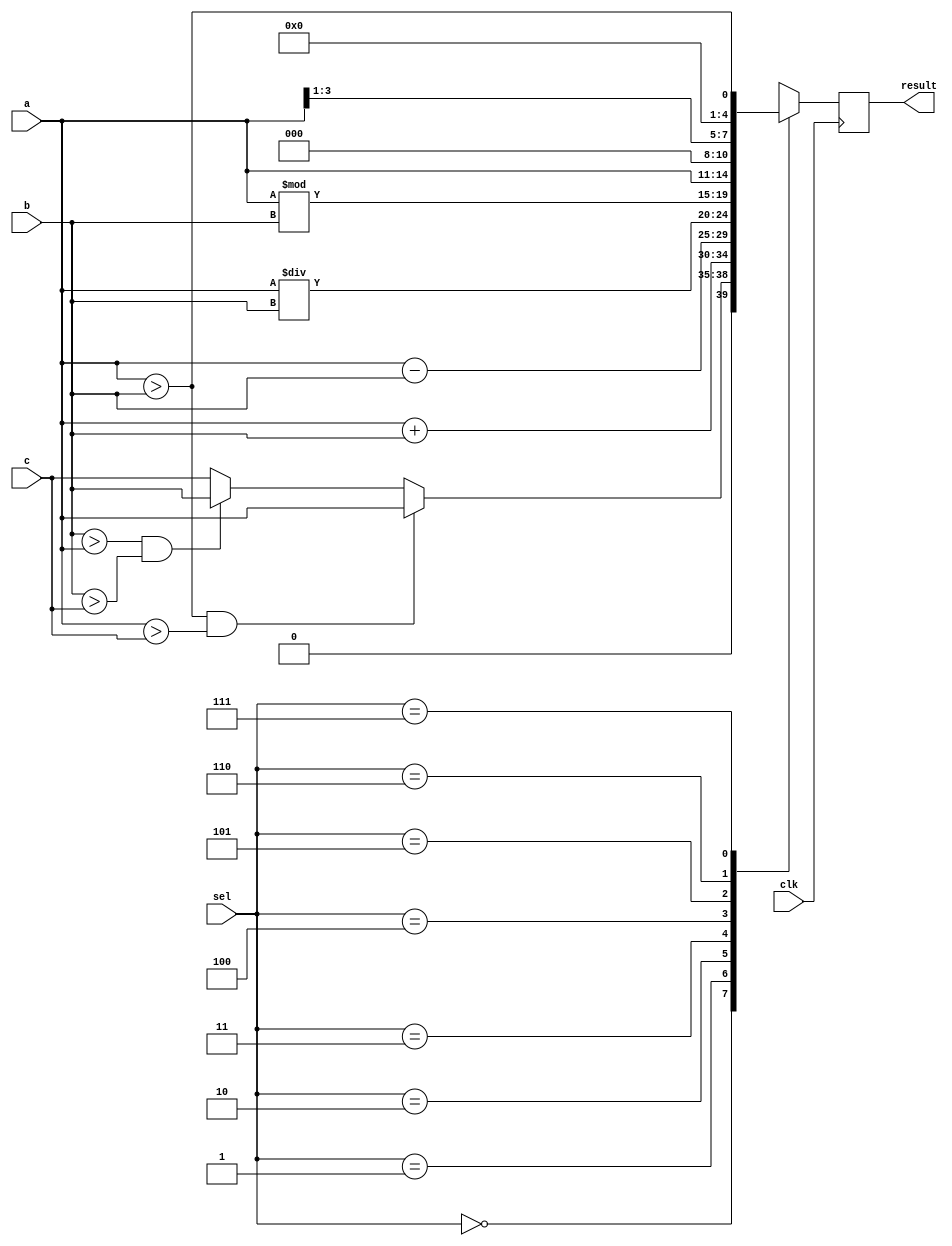
module alu (
    clk,
    a,
    b,
    c,
    sel,
    result
);

    input clk;
    input [3:0] a;
    input [3:0] b;
    input [3:0] c;
    input [2:0] sel;
    output [4:0] result;
    reg [4:0] r;

    always @(posedge clk) begin
        case (sel)
            3'b000: r <= (a > b && a > c) ? a : (b > a && b > c) ? b : c;
            3'b001: r <= a + b;
            3'b010: r <= a - b;
            3'b011: r <= a / b;
            3'b100: r <= a % b;
            3'b101: r <= a << 1;
            3'b110: r <= a >> 1;
            3'b111: r <= a > b;
        endcase
    end

    assign result = r;

endmodule